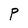
Character: P